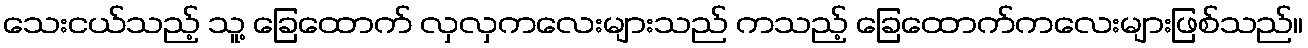
သေးငယ်သည့် သူ့ ခြေထောက် လှလှကလေးများသည် ကသည့် ခြေထောက်ကလေးများဖြစ်သည်။